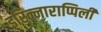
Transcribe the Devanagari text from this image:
इरिन्नाराप्पिली